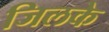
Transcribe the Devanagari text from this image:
जिलके